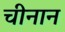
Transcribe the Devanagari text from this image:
चीनान